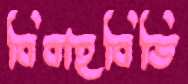
বিবাহবিডি